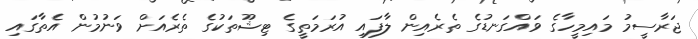
ޖަރާސީމު މައިމީހާގެ ވައްގަނޑުގެ ތެރެއިން ލާފައި އުރަމަތީގެ ޓިޝޫތަކުގެ ތެރެއަށް ވަނުމުން އެތާގައި